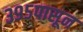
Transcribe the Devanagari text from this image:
३९५पासून